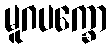
မူဂပက္ခော